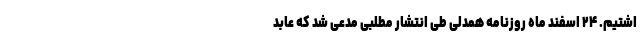
اشتیم. ۲۴ اسفند ماه روزنامه همدلی طی انتشار مطلبی مدعی شد که عابد